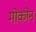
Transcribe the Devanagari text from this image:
मोकोन